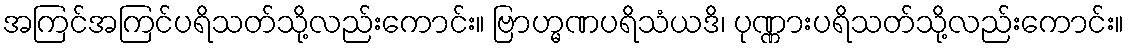
အကြင်အကြင်ပရိသတ်သို့လည်းကောင်း။ ဗြာဟ္မဏပရိသံယဒိ၊ ပုဏ္ဏားပရိသတ်သို့လည်းကောင်း။